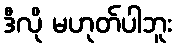
ဒီလို မဟုတ်ပါဘူး